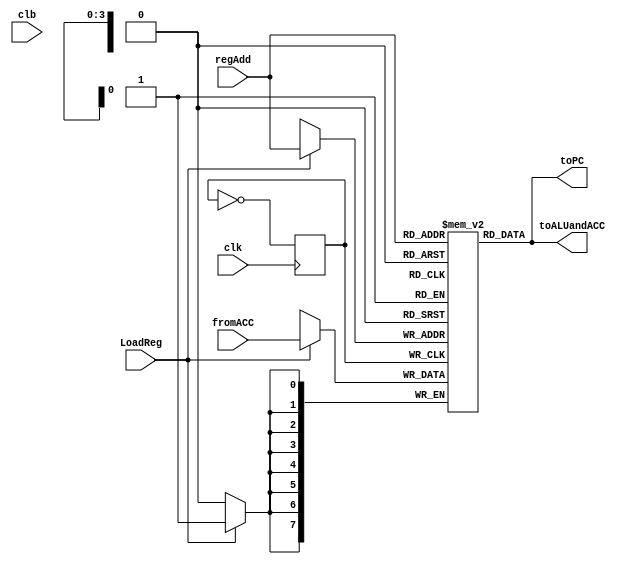
//c
module reg_file (
	input wire clk,
	input wire clb,
	input wire LoadReg,
	input wire [3:0] regAdd,
	input wire signed [7:0] fromACC,
	output wire signed [7:0] toPC,
	output wire signed [7:0] toALUandACC

);
    reg [7:0] registers [15:0]; // 16 8-bit registers

reg doThings = 1;

always @(posedge clk) begin
	doThings = ~doThings;
end

always @(posedge doThings) begin     
	if (LoadReg) begin
            registers[regAdd] <= fromACC;
        end
end

assign toPC = registers[regAdd];
assign toALUandACC = registers[regAdd];

endmodule